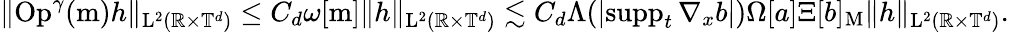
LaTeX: \begin{array}{r}{\Vert\mathrm{Op}^{\gamma}(\mathrm{m})h\Vert_{\mathrm{L}^{2}(\mathbb R\times\mathbb T^{d})}\leq C_{d}\omega[\mathrm{m}]\Vert h\Vert_{\mathrm{L}^{2}(\mathbb R\times\mathbb T^{d})}\lesssim C_{d}\Lambda(\vert\mathrm{supp}_{t}\, \nabla_{x}b\vert)\Omega[a]\Xi[b]_{\mathrm{M}}\Vert h\Vert_{\mathrm{L}^{2}(\mathbb R\times\mathbb T^{d})}.}\end{array}